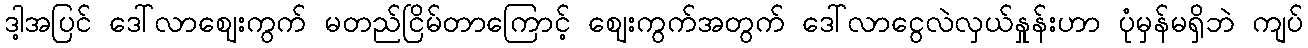
ဒါ့အပြင် ဒေါ်လာဈေးကွက် မတည်ငြိမ်တာကြောင့် ဈေးကွက်အတွက် ဒေါ်လာငွေလဲလှယ်နှုန်းဟာ ပုံမှန်မရှိဘဲ ကျပ်